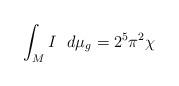
LaTeX: \begin{align*}\int_M I \ \ d\mu_g = 2^5 \pi^2 \chi\end{align*}